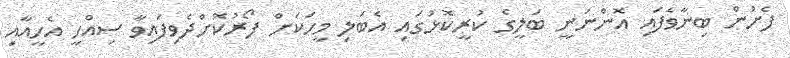
ފެށުން ބިނާވެފައި އޮންނަނީ ބަލީގެ ކުރީކޮޅުގައި އެބަލި މީހަކަށް ފޯރުކޮށްދެވިފައިވާ ސިއްހީ އެހީއާއި